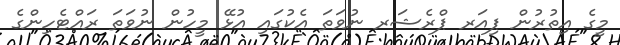
މީގެ އިތުރުން ޕިއަރ ޕްރެޝަރ ނުވަތަ އެކުގައި އުޅޭ މީހުން ނުވަތަ ރައްޓެހިންގެ